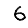
Digit: 6